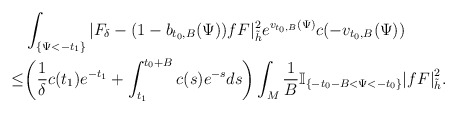
\begin{align*} & \int_{\{\Psi<-t_1\}}|F_{\delta}-(1-b_{t_0,B}(\Psi))fF|^2_{\tilde{h}} e^{v_{t_0,B}(\Psi)}c(-v_{t_0,B}(\Psi)) \\ \le& \bigg(\frac{1}{\delta}c(t_1)e^{-t_1}+\int_{t_1}^{t_0+B}c(s)e^{-s}ds\bigg) \int_{M}\frac{1}{B}\mathbb{I}_{\{-t_0-B<\Psi<-t_0\}}{|fF|}^2_{\tilde{h}}.\end{align*}